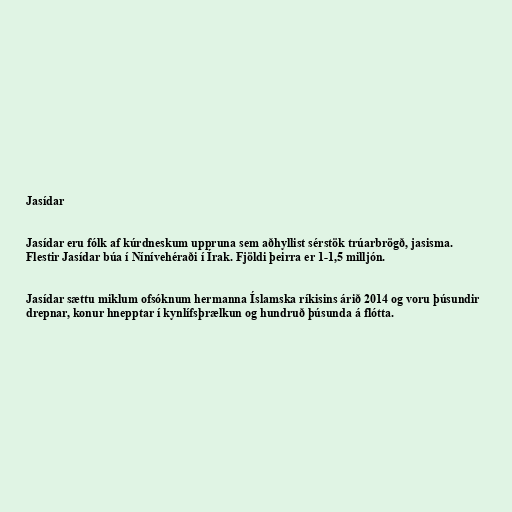
Jasídar

Jasídar eru fólk af kúrdneskum uppruna sem aðhyllist sérstök trúarbrögð, jasisma.
Flestir Jasídar búa í Nínívehéraði í Írak. Fjöldi þeirra er 1-1,5 milljón.

Jasídar sættu miklum ofsóknum hermanna Íslamska ríkisins árið 2014 og voru þúsundir
drepnar, konur hnepptar í kynlífsþrælkun og hundruð þúsunda á flótta.